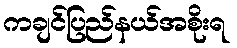
ကချင်ပြည်နယ်အစိုးရ